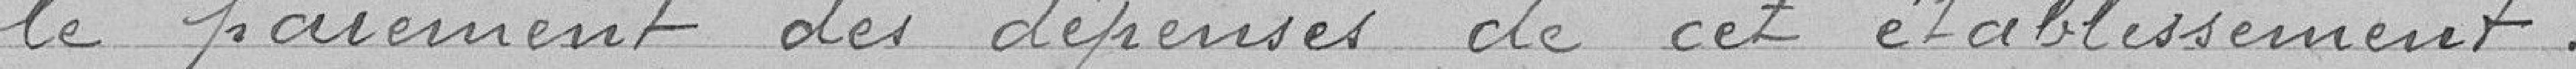
le paiement des dépenses de cet établissement.